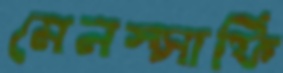
মেনস্সার্ফি